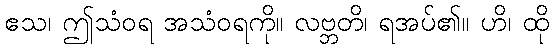
ဧသ၊ ဤသံဝရ အသံဝရကို။ လဗ္ဘတိ၊ ရအပ်၏။ ဟိ၊ ထို